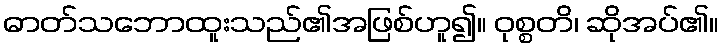
ဓာတ်သဘောထူးသည်၏အဖြစ်ဟူ၍။ ဝုစ္စတိ၊ ဆိုအပ်၏။